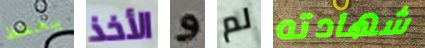
يحفظ الأخذ و لم شهادته